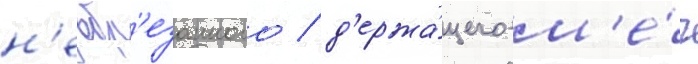
н'еобр'езанного / д'ержа́щего м'е́ч